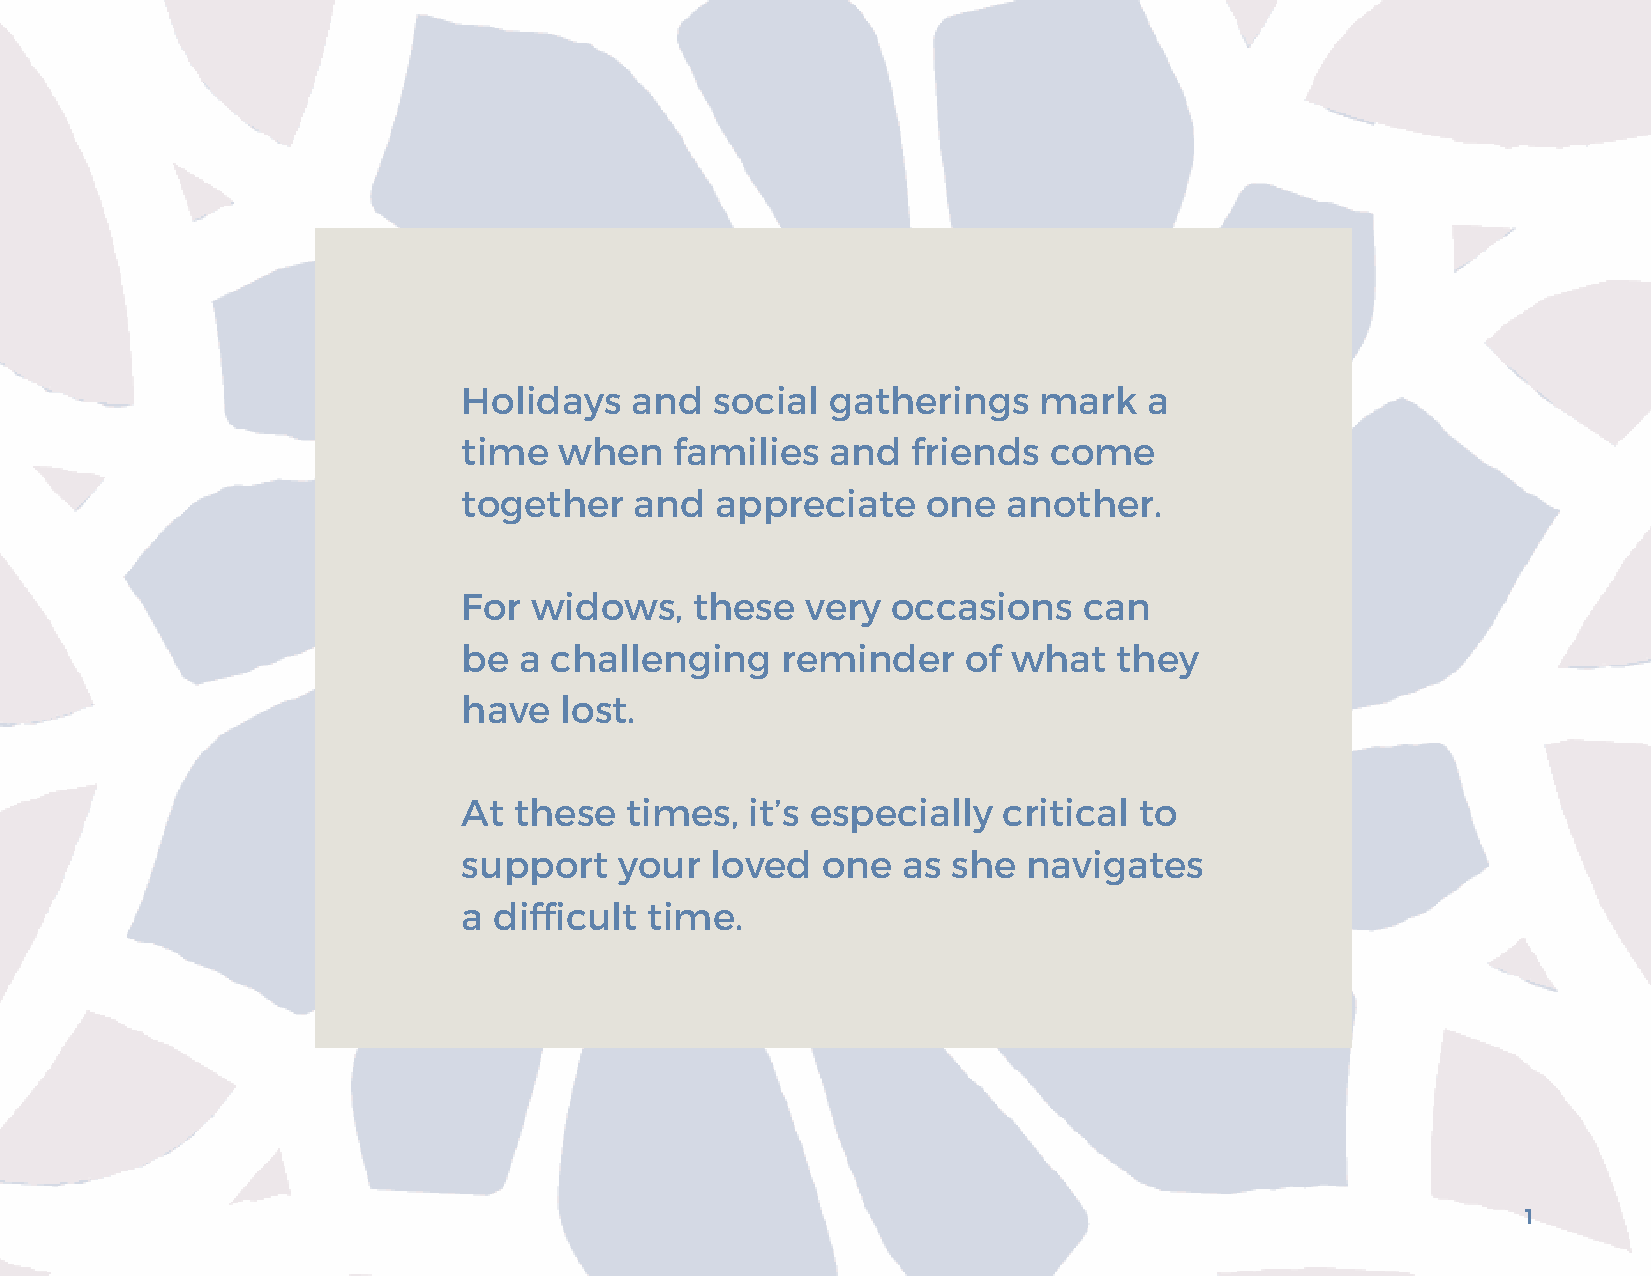
Holidays   and  social  gatherings    mark   a
 time  when    families  and  friends  come
 together   and  appreciate    one   another.
 For widows,    these  very  occasions    can
 be a challenging     reminder    of what   they
 have  lost.
 At these  times,   it’s especially critical to
 support   your  loved  one   as she  navigates
 a difficult time.
 1